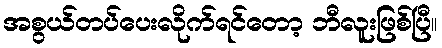
အစွယ်တပ်ပေးလိုက်ရင်တော့ ဘီလူးဖြစ်ပြီ။